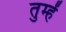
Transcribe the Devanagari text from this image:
तुम्हेें